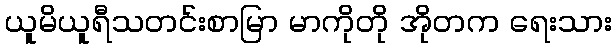
ယူမိယူရီသတင်းစာမြာ မာကိုတို အိုတက ရေးသား